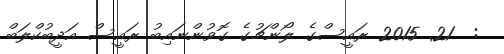
:  21